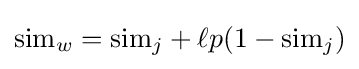
{\text{sim}}_{w}={\text{sim}}_{j}+\ell p(1-{\text{sim}}_{j})